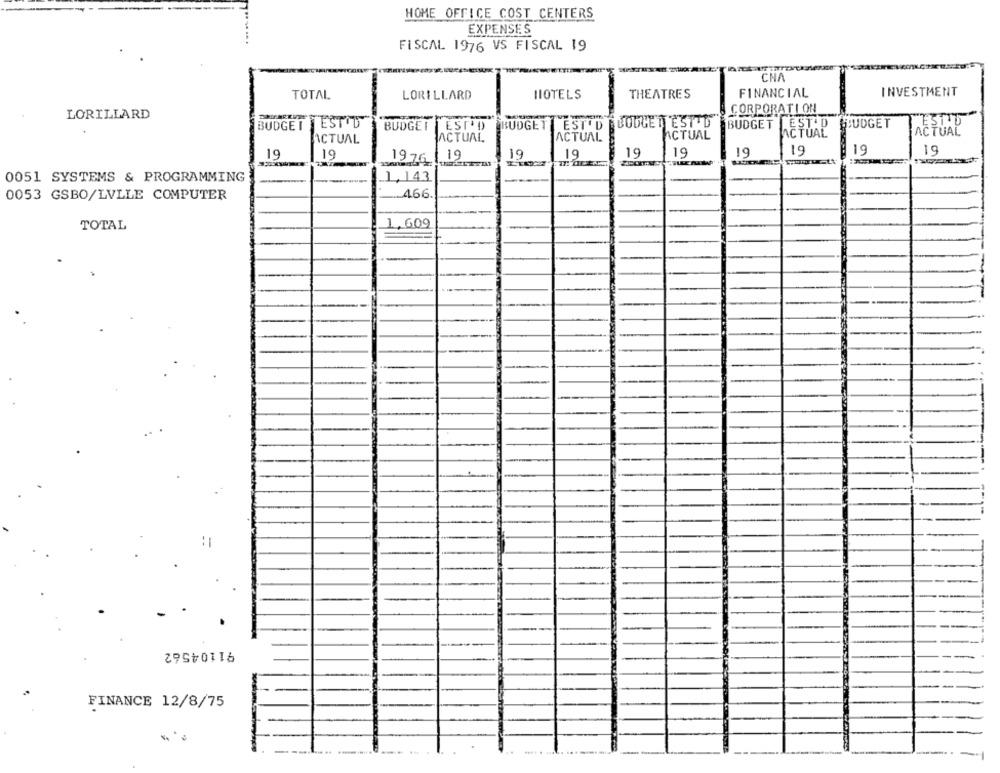
HOME OFFICE COST CENTERS
EXPENSES
FISCAL 1976 VS FISCAL 19
CNA
FINANCIAL
INVESTMENT
TOTAL
LORILLARD
HOTELS
THEATRES
LORILLARD
CORPORATION
BUDGE I
ESTOD
BODGET EST D
BUDGET EST'D BUDGET
BUDGET
ESTAD
BUDGET
TEST'D BUDGET EST'D
ACTUAL
ACTUAL
ACTUAL
ACTUAL
ACTUAL
ACTUAL
19
19
19
19
19
19
19
19
19
19
19761
19
0051 SYSTEMS & PROGRAMMING
1,143
0053 GSBO/LVLLE COMPUTER
.466.
1,609
TOTAL
:
91104562
FINANCE 12/8/75